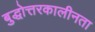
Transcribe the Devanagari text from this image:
बुद्धोत्तरकालीनता